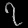
Digit: ၇